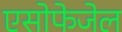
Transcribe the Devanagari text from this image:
एसोफेजेल